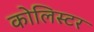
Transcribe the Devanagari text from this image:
कोलिस्टर